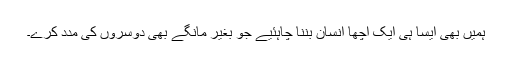
ہمیں بھی ایسا ہی ایک اچھا انسان بننا چاہئیے جو بغیر مانگے بھی دوسروں کی مدد کرے۔